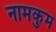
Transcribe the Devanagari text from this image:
नामकुम